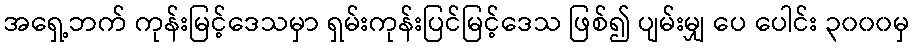
အရှေ့ဘက် ကုန်းမြင့်ဒေသမှာ ရှမ်းကုန်းပြင်မြင့်ဒေသ ဖြစ်၍ ပျမ်းမျှ ပေ ပေါင်း ၃၀၀၀မှ